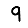
Digit: 9